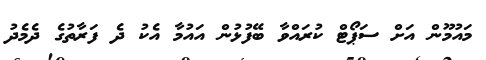
މައުމޫން އަށް ސަޕޯޓް ކުރައްވާ ބޭފުޅުން އައުމާ އެކު ދެ ފަރާތުގެ ދެމެދު